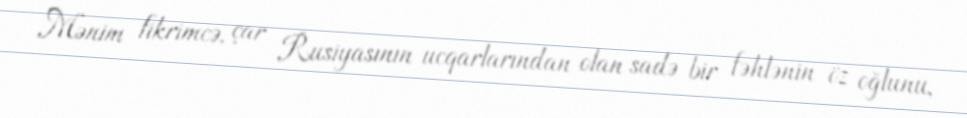
Mənim fikrimcə, çar Rusiyasının ucqarlarından olan sadə bir fəhlənin öz oğlunu,